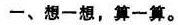
一、想一想，算一算。